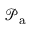
\mathcal { P } _ { \mathrm { a } }